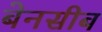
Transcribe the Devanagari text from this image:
बेनसीब